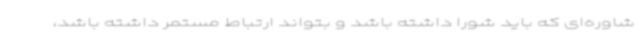
شاوره‌ای که باید شورا داشته باشد و بتواند ارتباط مستمر داشته باشد،